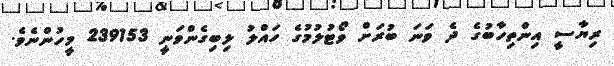
ރިޔާސީ އިންތިހާބުގެ ދެ ވަނަ ބުރަށް ވޯޓުލުމުގެ ހައްލު ލިބިގެންވަނީ 239153 މީހުންނެވެ.